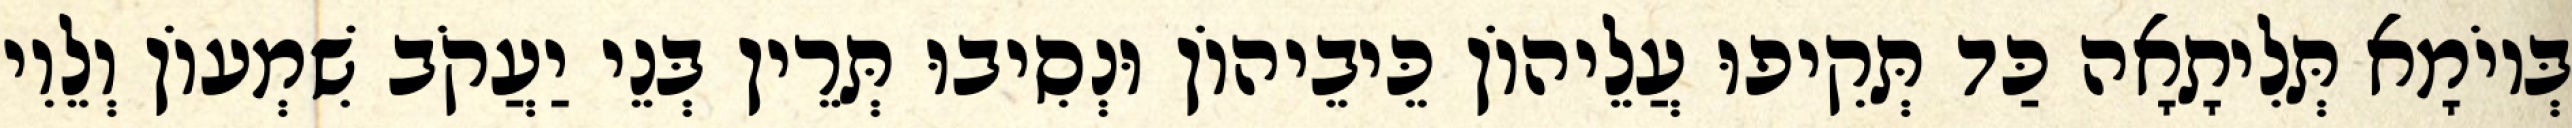
בְּיוֹמָא תְּלִיתָאָה כַּד תְּקִיפוּ עֲלֵיהוֹן כֵּיבֵיהוֹן וּנְסִיבוּ תְּרֵין בְּנֵי יַעֲקֹב שִׁמְעוֹן וְלֵוִי